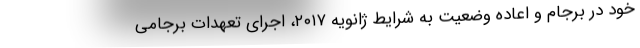
خود در برجام و اعاده وضعیت به شرایط ژانویه ۲۰۱۷، اجرای تعهدات برجامی